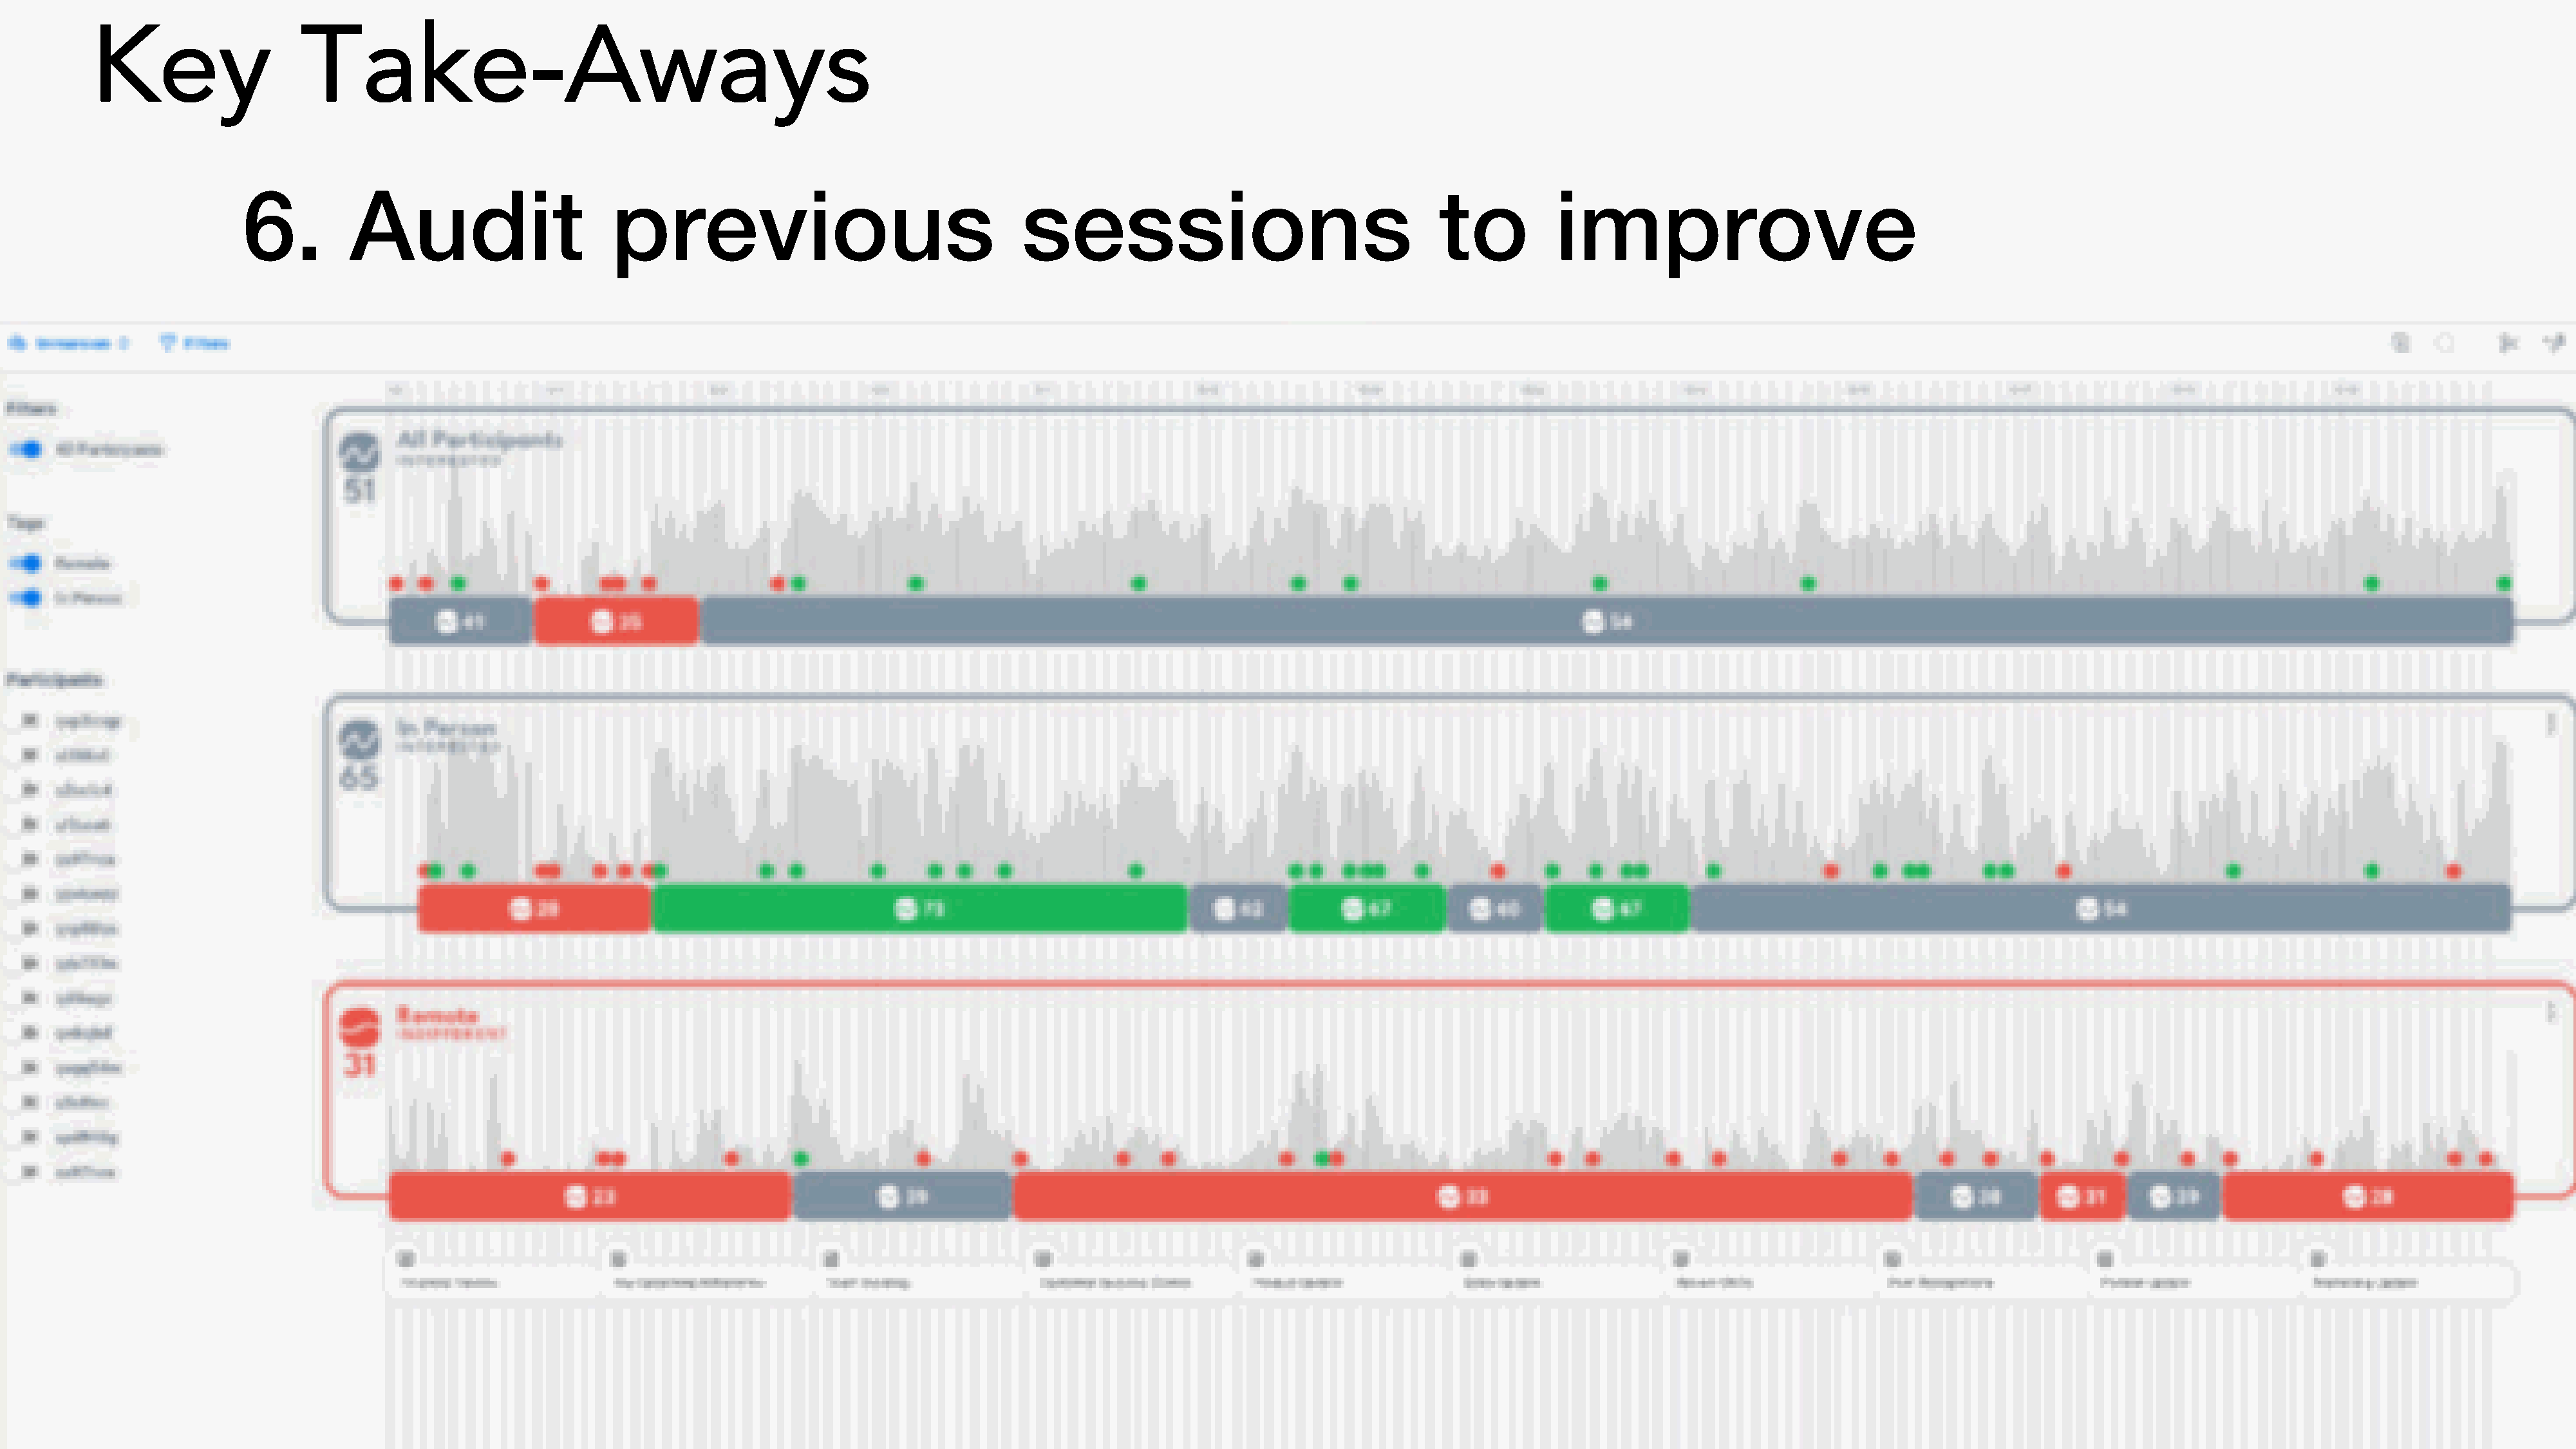
Key                   Take-Aways
 6.         Audit                      previous                                  sessions                                   to          improve